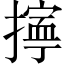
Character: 𢴕